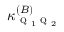
\kappa _ { \textsc { q } _ { 1 } \textsc { q } _ { 2 } } ^ { ( B ) }